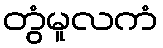
တွံမူလကံ